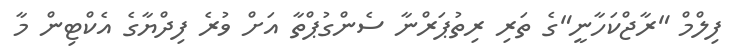
ފިލްމް "ރާޖްކަހާނީ"ގެ ތަރި ރިތުޕަރްނާ ސެންގުޕްތާ އަށް ވުރެ ފިދްޔާގެ އެކްޓިން މާ